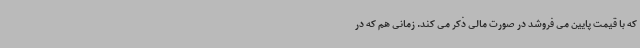
که با قیمت پایین می فروشد در صورت مالی ذکر می کند. زمانی هم که در